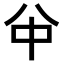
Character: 𠔈